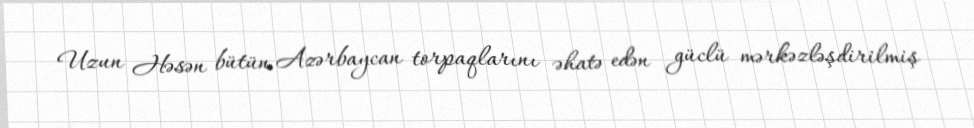
Uzun Həsən bütün Azərbaycan torpaqlarını əhatə edən güclü mərkəzləşdirilmiş